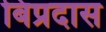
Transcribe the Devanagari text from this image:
बिप्रदास